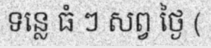
ទន្លេ ធំ ៗ សព្វ ថ្ងៃ (